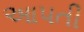
આપતી